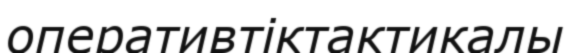
оперативтіктактикалы